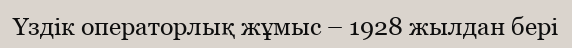
Үздік операторлық жұмыс – 1928 жылдан бері